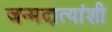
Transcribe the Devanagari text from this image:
जन्मदात्यांशी